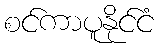
စင်ကာပူနိုင်ငံ